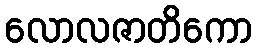
လောလဇာတိကော